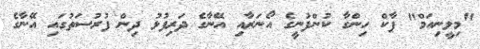
"މިލީނިއަމް" ޕާކް ހިންގާ ކުންފުނީގެ އޯނަރާއި އޭނާގެ ދަރިފުޅު ދިން ފުރުސަތުގައި އޭނާގެ